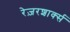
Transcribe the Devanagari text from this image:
रेज़रशार्क्स